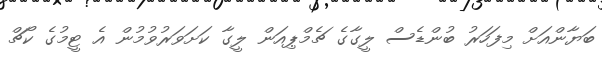
ބަޔާންއަށް މިފަހަރު ބުންޑެސް ލީގާގެ ޗެމްޕިއަން ލީގާ ކަށަވަރުވުމުން އެ ޓީމުގެ ކޯޗް